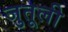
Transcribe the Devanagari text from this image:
जुतूली